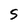
Character: S